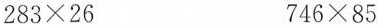
$$2 8 3 \times 2 6$$$$7 4 6 \times 8 5$$